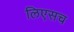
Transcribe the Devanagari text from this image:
लिएसच